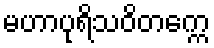
မဟာပုရိသဝိတက္ကေ